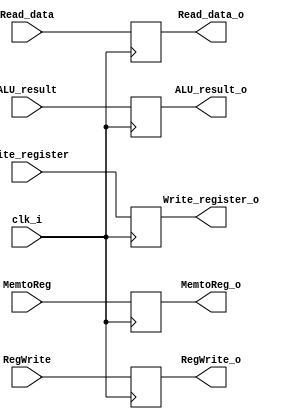
module MEM_WB(
	input clk_i,
	// MEM (Memory Stage)
	input MemtoReg,
	input RegWrite,
	//
	input [31:0] Read_data,
	input [31:0] ALU_result,
	input [4:0] Write_register,
	// MEM (Memory Stage)
	output reg MemtoReg_o,
	output reg RegWrite_o,
	//
	output reg [31:0] Read_data_o, //MUX32_data
	output reg [31:0] ALU_result_o, //MUX32_addr
	output reg [4:0] Write_register_o
);
initial begin
#1
	MemtoReg_o <= 0;
	RegWrite_o <= 0;
	Read_data_o <= 0;
	ALU_result_o <= 0;
	Write_register_o <= 0;
end
always @(posedge clk_i) begin
	MemtoReg_o <= MemtoReg;
	RegWrite_o <= RegWrite;
	Read_data_o <= Read_data;
	ALU_result_o <= ALU_result;
	Write_register_o <= Write_register;
end
endmodule